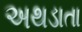
અથડાતા